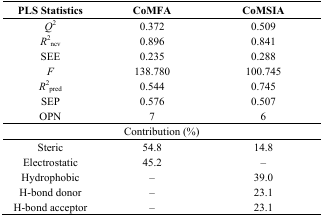
| PLS Statistics | CoMFA | CoMSIA |
 | --- | --- | --- |
 | Q2 | 0.372 | 0.509 |
 | R2ncv | 0.896 | 0.841 |
 | SEE | 0.235 | 0.288 |
 | F | 138.780 | 100.745 |
 | R2pred | 0.544 | 0.745 |
 | SEP | 0.576 | 0.507 |
 | OPN | 7 | 6 |
 | <COLSPAN=3> Contribution (%) |
 | Steric | 54.8 | 14.8 |
 | Electrostatic | 45.2 | – |
 | Hydrophobic | – | 39.0 |
 | H-bond donor | – | 23.1 |
 | H-bond acceptor | – | 23.1 |